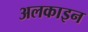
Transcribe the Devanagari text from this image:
अलकाइन